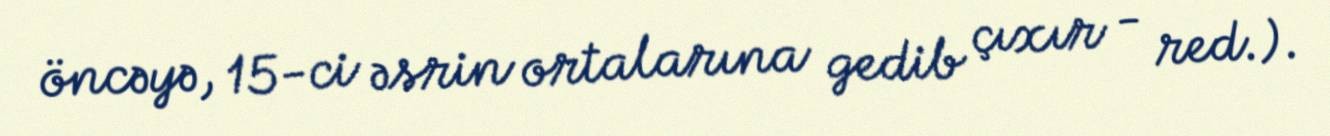
öncəyə, 15-ci əsrin ortalarına gedib çıxır - red.).